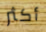
أكثر